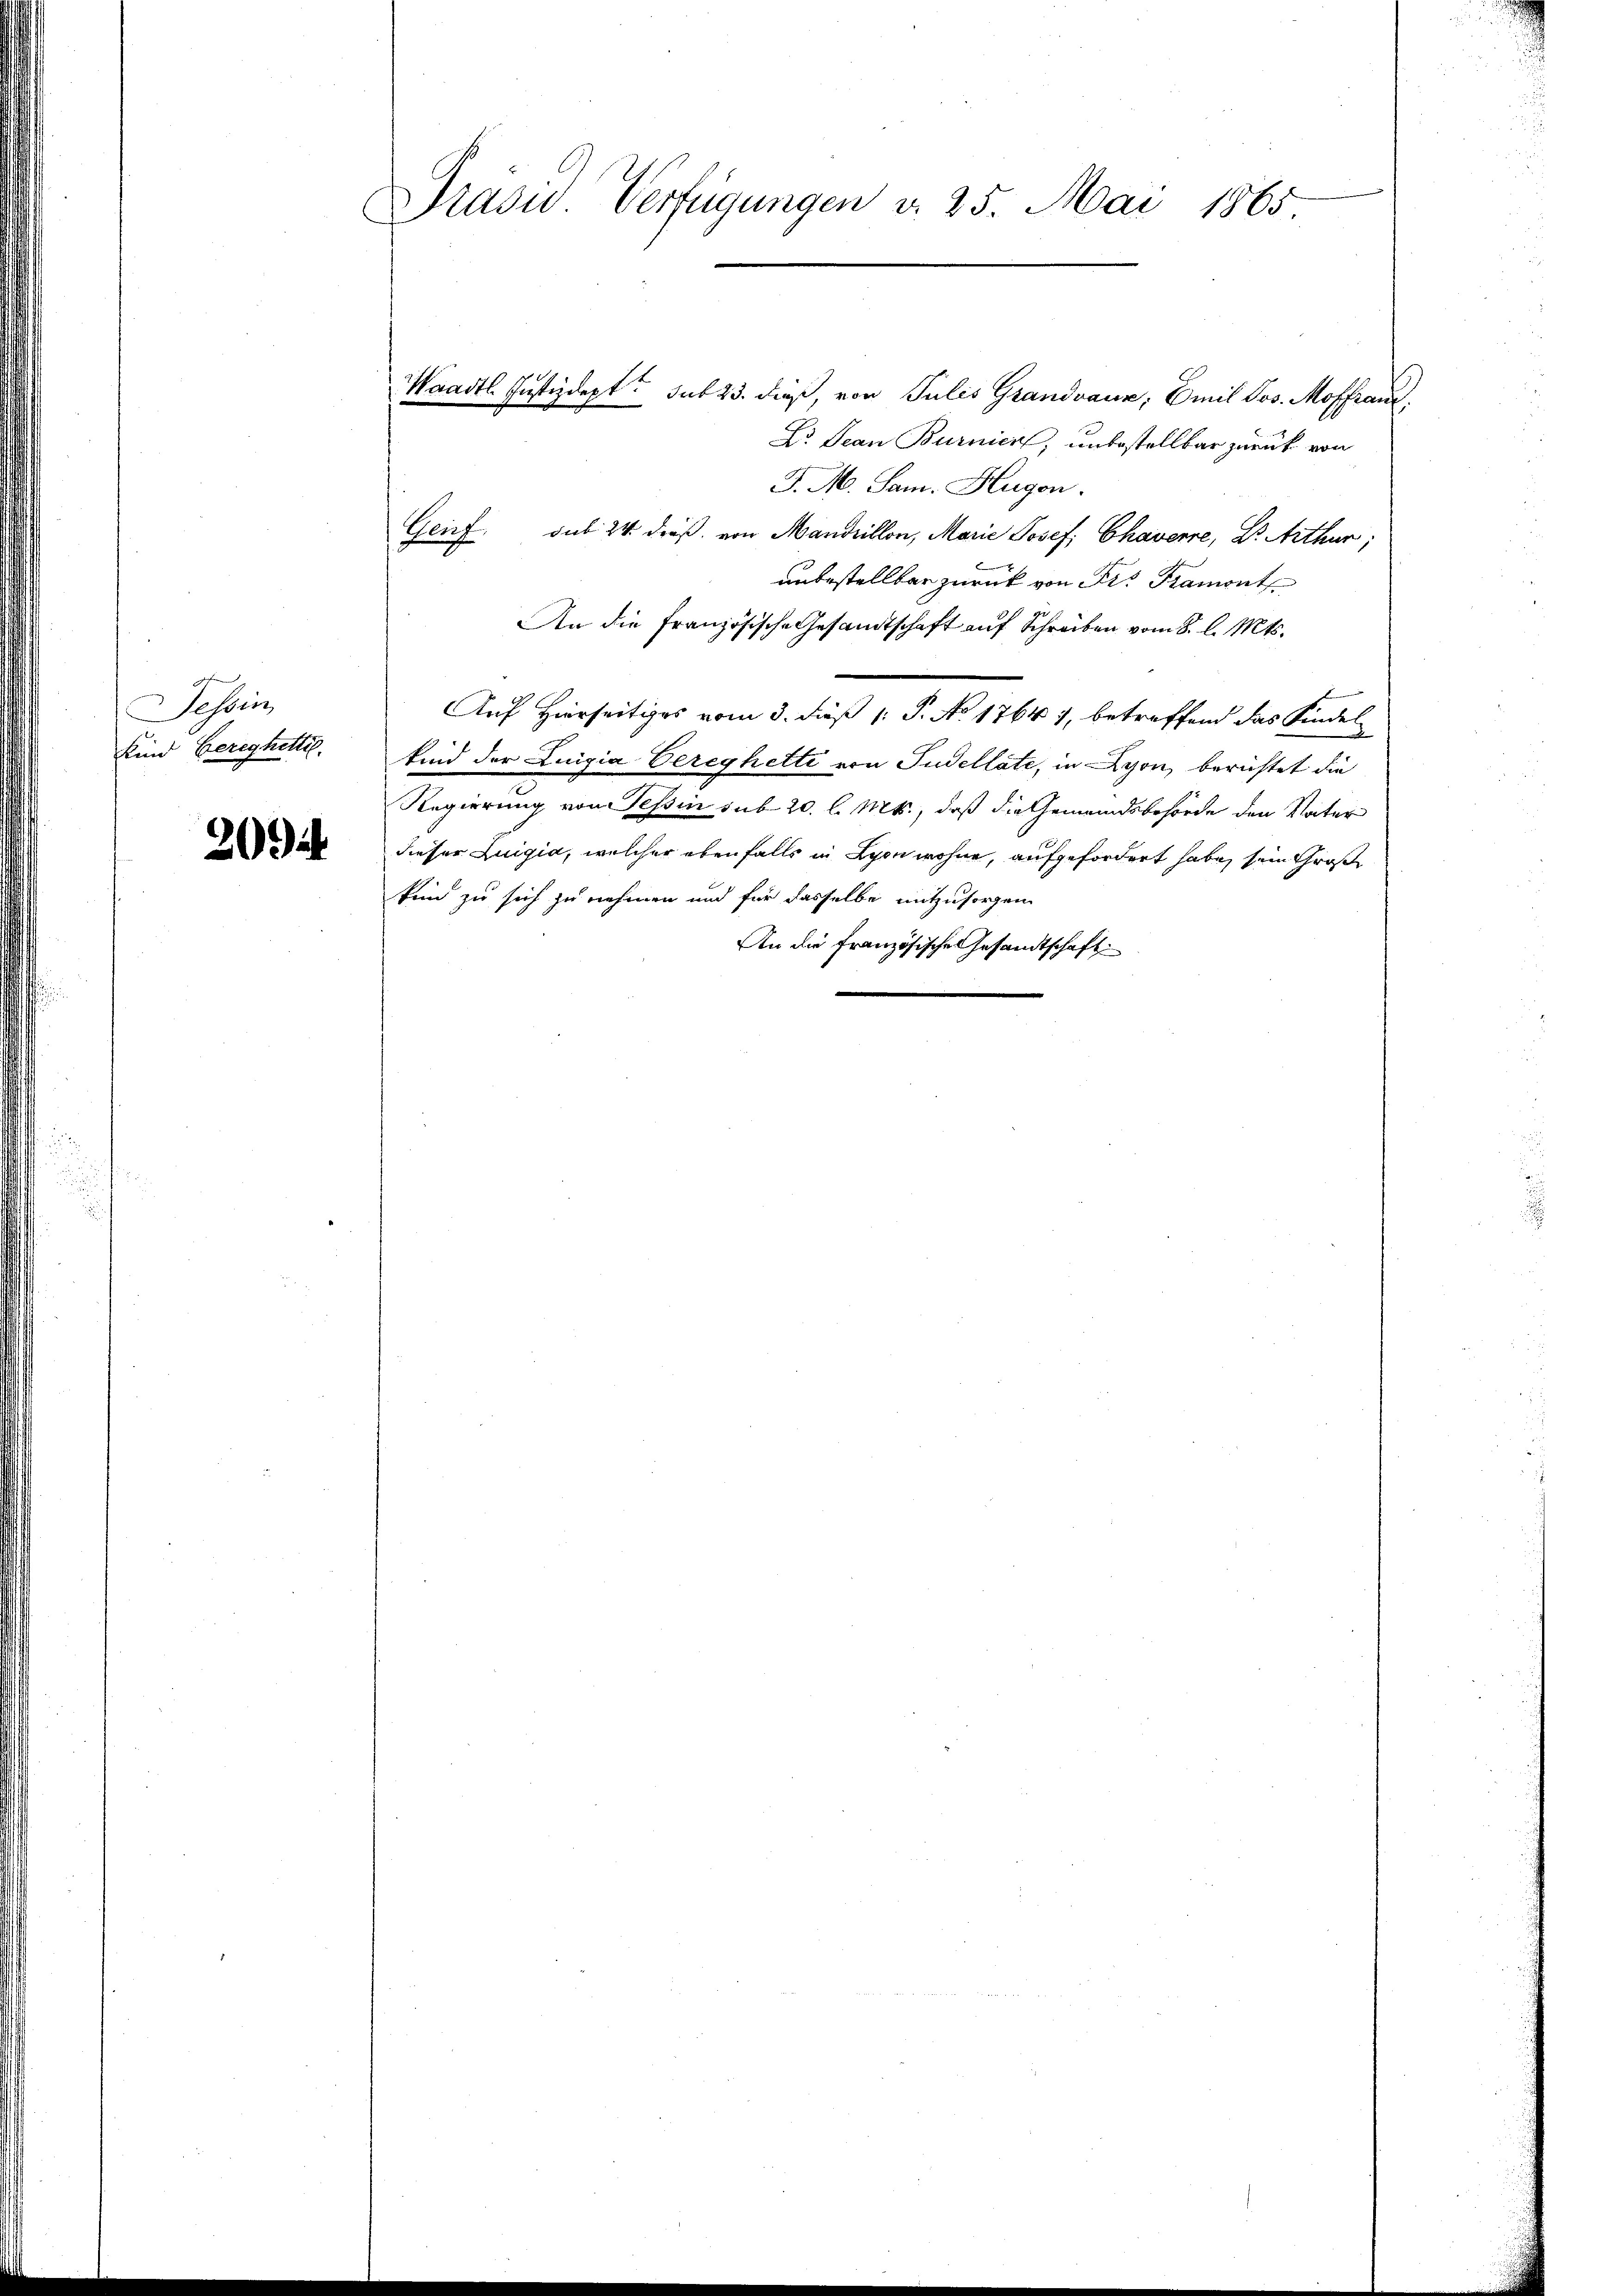
Tessin,
Kind Beregnetti.

202

Prasw. Verfügungen v. 25. Mai 1865

Waadt Justizdept. sub 23. dieß, von Julis Grandvaux, Emil Jos. Moffranz,
Dr. Jean Burnien, unbestellbar zurück von
J. M. Sam. Hugen.
Genf. sub 24 dieß, von Mandrillon, Marie Josef, Chavenne, Dr. Arthur;
unbestellbar zurück von Fr. Tramont
An die Französische Gesandtschaft auf Schreiben vom 8. l. Mts.
Auf Hierseitiges vom 3. dieß 1: P. No 1764 7, betreffend das Kindel
kind der Luigia Eereghette von Pudellate, in Lyon, berichtet die
Regierung vonsessin sub 20. l. Mts., daß die Gemeindsbehörde den Vater
dieser Luigia, welcher ebenfalls in Schon wohne, aufgefordert habe, sein Große
kin zu sich zu nehmen und für dasselbe mitzusorgen
An die Französische Gesandtschaft

.
d